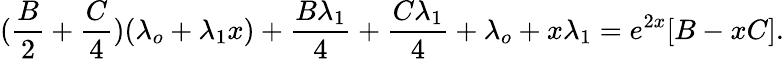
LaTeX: (\frac{B}{2}+\frac{C}{4})(\lambda_{o}+\lambda_{1}x)+\frac{B\lambda_{1}}{4}+\frac{C\lambda_{1}}{4}+\lambda_{o}+x\lambda_{1}=e^{2x}[B-xC].